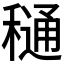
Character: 𮃫